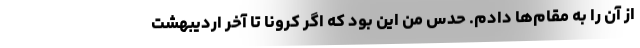
از آن را به مقام‌ها دادم. حدس من این بود که اگر کرونا تا آخر اردیبهشت